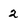
Character: 2